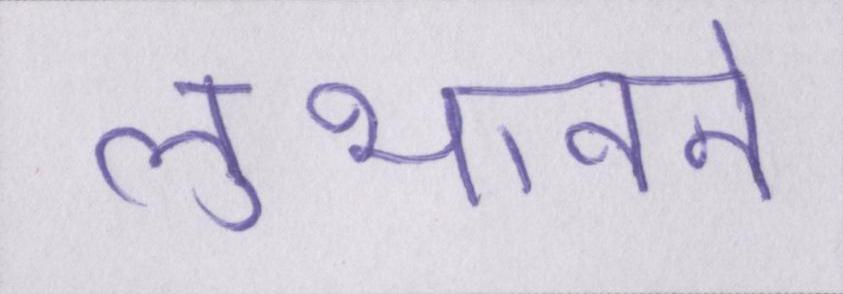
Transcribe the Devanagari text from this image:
लुभावने